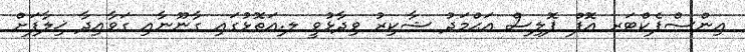
އިންސްޕެކްޓަރ އޮފް ޕޮލިސް އަޙްމަދު ޝާކިރު ވިދާޅުވީ ލ.އަތޮޅުގައި ގާނޫނާއި ގަވާއިދާ ޚިލާފަށް